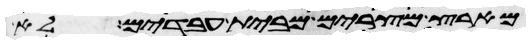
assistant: מארץ מצרים מבית עבדים לא